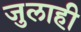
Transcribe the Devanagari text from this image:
जुलाही